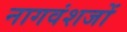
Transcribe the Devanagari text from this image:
नागवंशजों